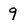
Character: 9